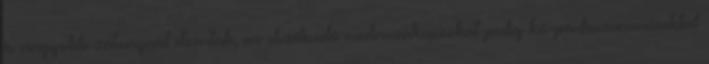
és nagyobb zátonynál elzárták, az elszélesedő mederszakaszokat pedig kő-párhuzamművekkel